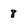
Character: 8